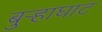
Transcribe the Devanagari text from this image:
बुऱ्हाघाट